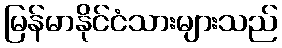
မြန်မာနိုင်ငံသားများသည်